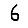
Digit: 6